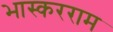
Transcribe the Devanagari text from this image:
भास्करराम